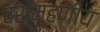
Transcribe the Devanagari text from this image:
ब्राम्हणीय